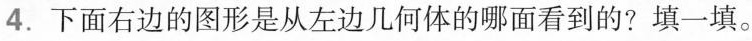
4.下面右边的图形是从左边几何体的哪面看到的? 填一填。